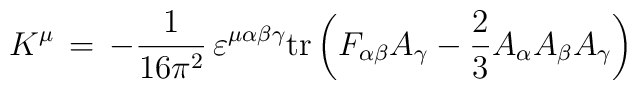
K^\mu \, = \, -\frac{1}{16\pi^2}\, \varepsilon^{\mu\alpha\beta\gamma}\mbox{tr}\left(F_{\alpha\beta} A_\gamma - \frac{2}{3} A_\alpha A_\beta A_\gamma\right)\,